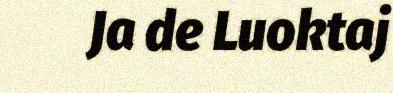
Ja de Luoktaj